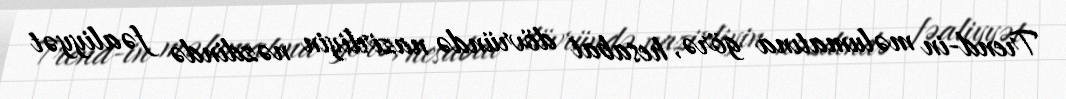
Trend-in məlumatına görə, hesabat dövründə nazirliyin nəzdində fəaliyyət